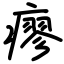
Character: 瘳